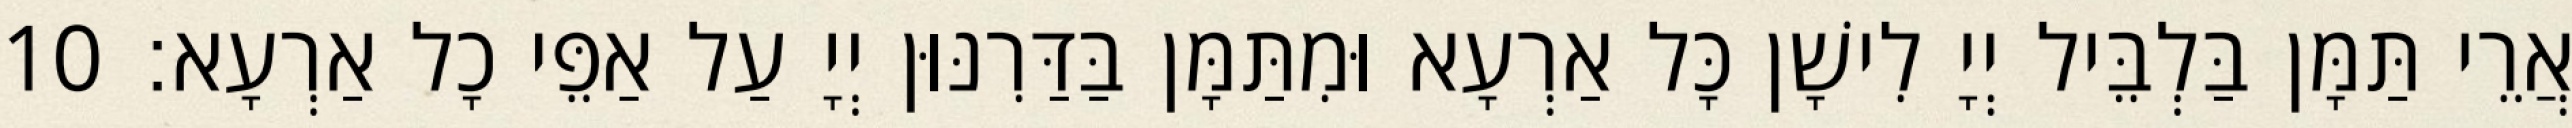
אֲרֵי תַּמָּן בַּלְבֵּיל יְיָ לִישָׁן כָּל אַרְעָא וּמִתַּמָּן בַּדַּרִנּוּן יְיָ עַל אַפֵּי כָל אַרְעָא׃ 10